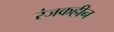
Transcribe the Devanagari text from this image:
रंजकहीन